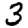
Digit: 3